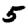
Digit: 5